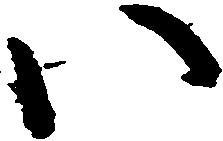
い